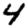
Digit: 4